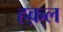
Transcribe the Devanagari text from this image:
हक़्ल